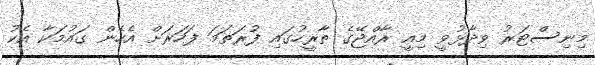
މިނިސްޓަރު ވިދާޅުވީ މިއީ ރާއްޖޭގެ ތާރީހުގައި ފުރަތަމަ ފަހަރަށް އެހެން ގައުމަކާ އެކު